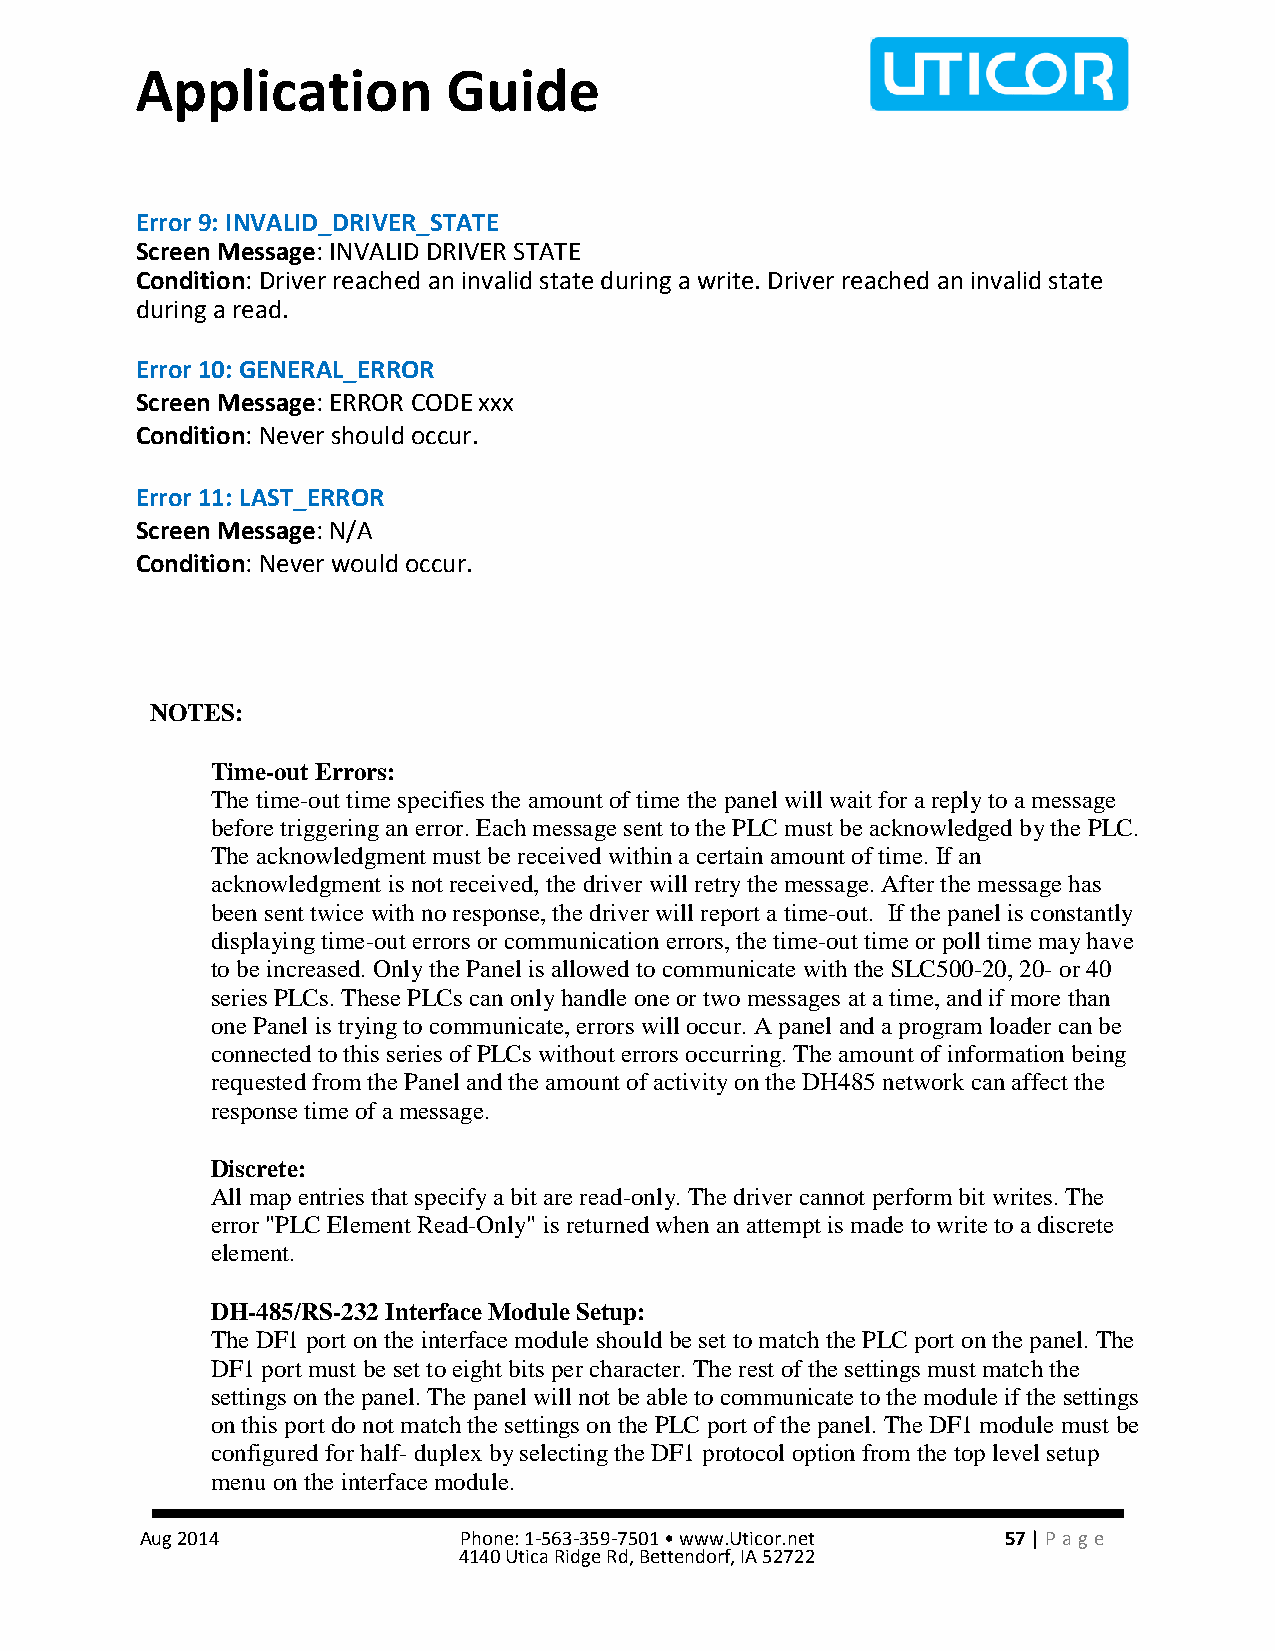
Application          Guide
 Error 9: INVALID_DRIVER_STATE
 Screen Message: INVALID DRIVER STATE
 Condition: Driver reached an invalid state during a write. Driver reached an invalid state
 during a read.
 Error 10: GENERAL_ERROR
 Screen Message: ERROR CODE xxx
 Condition: Never should occur.
 Error 11: LAST_ERROR
 Screen Message: N/A
 Condition: Never would occur.
 NOTES:
 Time-out Errors:
 The time-out time specifies the amount of time the panel will wait for a reply to a message
 before triggering an error. Each message sent to the PLC must be acknowledged by the PLC.
 The acknowledgment must be received within a certain amount of time. If an
 acknowledgment is not received, the driver will retry the message. After the message has
 been sent twice with no response, the driver will report a time-out. If the panel is constantly
 displaying time-out errors or communication errors, the time-out time or poll time may have
 to be increased. Only the Panel is allowed to communicate with the SLC500-20, 20- or 40
 series PLCs. These PLCs can only handle one or two messages at a time, and if more than
 one Panel is trying to communicate, errors will occur. A panel and a program loader can be
 connected to this series of PLCs without errors occurring. The amount of information being
 requested from the Panel and the amount of activity on the DH485 network can affect the
 response time of a message.
 Discrete:
 All map entries that specify a bit are read-only. The driver cannot perform bit writes. The
 error "PLC Element Read-Only" is returned when an attempt is made to write to a discrete
 element.
 DH-485/RS-232 Interface Module Setup:
 The DF1 port on the interface module should be set to match the PLC port on the panel. The
 DF1 port must be set to eight bits per character. The rest of the settings must match the
 settings on the panel. The panel will not be able to communicate to the module if the settings
 on this port do not match the settings on the PLC port of the panel. The DF1 module must be
 configured for half- duplex by selecting the DF1 protocol option from the top level setup
 menu on the interface module.
 Aug 2014             Phone: 1-563-359-7501 • www.Uticor.net 57 | Pa ge
 4140 Utica Ridge Rd, Bettendorf, IA 52722